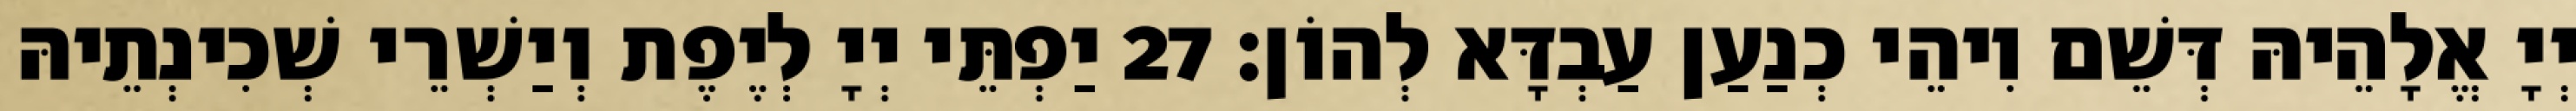
יְיָ אֱלָהֵיהּ דְּשֵׁם וִיהֵי כְנַעַן עַבְדָּא לְהוֹן׃ 27 יַפְתֵּי יְיָ לְיֶפֶת וְיַשְׁרֵי שְׁכִינְתֵיהּ